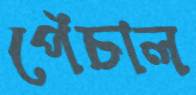
পেঁচাল